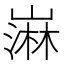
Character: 𫶒